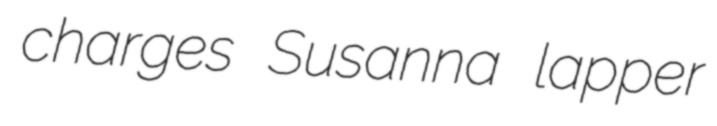
charges Susanna lapper